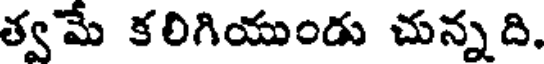
త్వమే కలిగియుండు చున్నది.